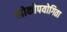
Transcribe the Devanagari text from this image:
लोकोपयोगिता